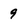
Character: 9